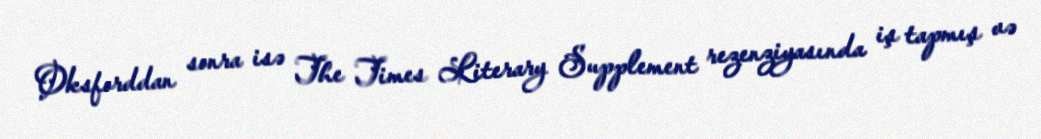
Oksforddan sonra isə The Times Literary Supplement rezenziyasında iş tapmış və